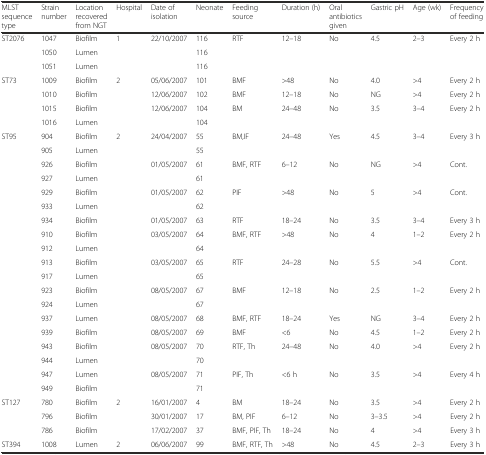
<table><thead><tr><td><b>MLST sequence type</b></td><td><b>Strain number</b></td><td><b>Location recovered from NGT</b></td><td><b>Hospital</b></td><td><b>Date of isolation</b></td><td><b>Neonate</b></td><td><b>Feeding source</b></td><td><b>Duration (h)</b></td><td><b>Oral antibiotics given</b></td><td><b>Gastric pH</b></td><td><b>Age (wk)</b></td><td><b>Frequency of feeding</b></td></tr></thead><tbody><tr><td>ST2076</td><td>1047</td><td>Biofilm</td><td>1</td><td>22/10/2007</td><td>116</td><td>RTF</td><td>12–18</td><td>No</td><td>4.5</td><td>2–3</td><td>Every 2 h</td></tr><tr><td></td><td>1050</td><td>Lumen</td><td></td><td></td><td>116</td><td></td><td></td><td></td><td></td><td></td><td></td></tr><tr><td></td><td>1051</td><td>Lumen</td><td></td><td></td><td>116</td><td></td><td></td><td></td><td></td><td></td><td></td></tr><tr><td>ST73</td><td>1009</td><td>Biofilm</td><td>2</td><td>05/06/2007</td><td>101</td><td>BMF</td><td>&gt;48</td><td>No</td><td>4.0</td><td>&gt;4</td><td>Every 2 h</td></tr><tr><td></td><td>1010</td><td>Biofilm</td><td></td><td>12/06/2007</td><td>102</td><td>BMF</td><td>12–18</td><td>No</td><td>NG</td><td>&gt;4</td><td>Every 2 h</td></tr><tr><td></td><td>1015</td><td>Biofilm</td><td></td><td>12/06/2007</td><td>104</td><td>BM</td><td>24–48</td><td>No</td><td>3.5</td><td>3–4</td><td>Every 2 h</td></tr><tr><td></td><td>1016</td><td>Lumen</td><td></td><td></td><td>104</td><td></td><td></td><td></td><td></td><td></td><td></td></tr><tr><td>ST95</td><td>904</td><td>Biofilm</td><td>2</td><td>24/04/2007</td><td>55</td><td>BM,IF</td><td>24–48</td><td>Yes</td><td>4.5</td><td>3–4</td><td>Every 3 h</td></tr><tr><td></td><td>905</td><td>Lumen</td><td></td><td></td><td>55</td><td></td><td></td><td></td><td></td><td></td><td></td></tr><tr><td></td><td>926</td><td>Biofilm</td><td></td><td>01/05/2007</td><td>61</td><td>BMF, RTF</td><td>6–12</td><td>No</td><td>NG</td><td>&gt;4</td><td>Cont.</td></tr><tr><td></td><td>927</td><td>Lumen</td><td></td><td></td><td>61</td><td></td><td></td><td></td><td></td><td></td><td></td></tr><tr><td></td><td>929</td><td>Biofilm</td><td></td><td>01/05/2007</td><td>62</td><td>PIF</td><td>&gt;48</td><td>No</td><td>5</td><td>&gt;4</td><td>Cont.</td></tr><tr><td></td><td>933</td><td>Lumen</td><td></td><td></td><td>62</td><td></td><td></td><td></td><td></td><td></td><td></td></tr><tr><td></td><td>934</td><td>Biofilm</td><td></td><td>01/05/2007</td><td>63</td><td>RTF</td><td>18–24</td><td>No</td><td>3.5</td><td>3–4</td><td>Every 3 h</td></tr><tr><td></td><td>910</td><td>Biofilm</td><td></td><td>03/05/2007</td><td>64</td><td>BMF, RTF</td><td>&gt;48</td><td>No</td><td>4</td><td>1–2</td><td>Every 2 h</td></tr><tr><td></td><td>912</td><td>Lumen</td><td></td><td></td><td>64</td><td></td><td></td><td></td><td></td><td></td><td></td></tr><tr><td></td><td>913</td><td>Biofilm</td><td></td><td>03/05/2007</td><td>65</td><td>RTF</td><td>24–28</td><td>No</td><td>5.5</td><td>&gt;4</td><td>Cont.</td></tr><tr><td></td><td>917</td><td>Lumen</td><td></td><td></td><td>65</td><td></td><td></td><td></td><td></td><td></td><td></td></tr><tr><td></td><td>923</td><td>Biofilm</td><td></td><td>08/05/2007</td><td>67</td><td>BMF</td><td>12–18</td><td>No</td><td>2.5</td><td>1–2</td><td>Every 2 h</td></tr><tr><td></td><td>924</td><td>Lumen</td><td></td><td></td><td>67</td><td></td><td></td><td></td><td></td><td></td><td></td></tr><tr><td></td><td>937</td><td>Lumen</td><td></td><td>08/05/2007</td><td>68</td><td>BMF, RTF</td><td>18–24</td><td>Yes</td><td>NG</td><td>3–4</td><td>Every 2 h</td></tr><tr><td></td><td>939</td><td>Biofilm</td><td></td><td>08/05/2007</td><td>69</td><td>BMF</td><td>&lt;6</td><td>No</td><td>4.5</td><td>1–2</td><td>Every 2 h</td></tr><tr><td></td><td>943</td><td>Biofilm</td><td></td><td>08/05/2007</td><td>70</td><td>RTF, Th</td><td>24–48</td><td>No</td><td>4.0</td><td>&gt;4</td><td>Every 2 h</td></tr><tr><td></td><td>944</td><td>Lumen</td><td></td><td></td><td>70</td><td></td><td></td><td></td><td></td><td></td><td></td></tr><tr><td></td><td>947</td><td>Lumen</td><td></td><td>08/05/2007</td><td>71</td><td>PIF, Th</td><td>&lt;6 h</td><td>No</td><td>3.5</td><td>&gt;4</td><td>Every 4 h</td></tr><tr><td></td><td>949</td><td>Biofilm</td><td></td><td></td><td>71</td><td></td><td></td><td></td><td></td><td></td><td></td></tr><tr><td>ST127</td><td>780</td><td>Biofilm</td><td>2</td><td>16/01/2007</td><td>4</td><td>BM</td><td>18–24</td><td>No</td><td>3.5</td><td>&gt;4</td><td>Every 2 h</td></tr><tr><td></td><td>796</td><td>Biofilm</td><td></td><td>30/01/2007</td><td>17</td><td>BM, PIF</td><td>6–12</td><td>No</td><td>3–3.5</td><td>&gt;4</td><td>Every 2 h</td></tr><tr><td></td><td>786</td><td>Biofilm</td><td></td><td>17/02/2007</td><td>37</td><td>BMF, PIF, Th</td><td>18–24</td><td>No</td><td>4</td><td>&gt;4</td><td>Every 3 h</td></tr><tr><td>ST394</td><td>1008</td><td>Lumen</td><td>2</td><td>06/06/2007</td><td>99</td><td>BMF, RTF, Th</td><td>&gt;48</td><td>No</td><td>4.5</td><td>2–3</td><td>Every 3 h</td></tr></tbody></table>